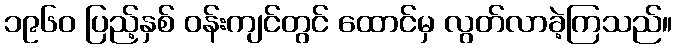
၁၉၆၀ ပြည့်နှစ် ဝန်းကျင်တွင် ထောင်မှ လွတ်လာခဲ့ကြသည်။